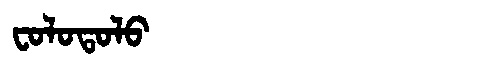
Manchu: ᠸᠣᠯᠣᡨᠣᠯᠣ
Romanization: FOLOTOLO